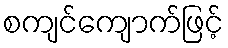
စကျင်ကျောက်ဖြင့်